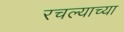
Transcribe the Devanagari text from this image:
रचल्याच्या